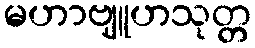
မဟာဗျူဟသုတ္တ